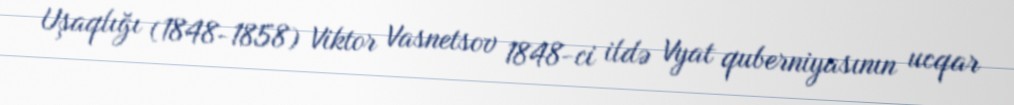
Uşaqlığı (1848-1858) Viktor Vasnetsov 1848-ci ildə Vyat quberniyasının ucqar